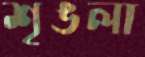
শৃঙলা